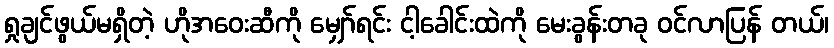
ရှုချင်ဖွယ်မရှိတဲ့ ဟိုအဝေးဆီကို မျှော်ရင်း ငါ့ခေါင်းထဲကို မေးခွန်းတခု ဝင်လာပြန် တယ်၊